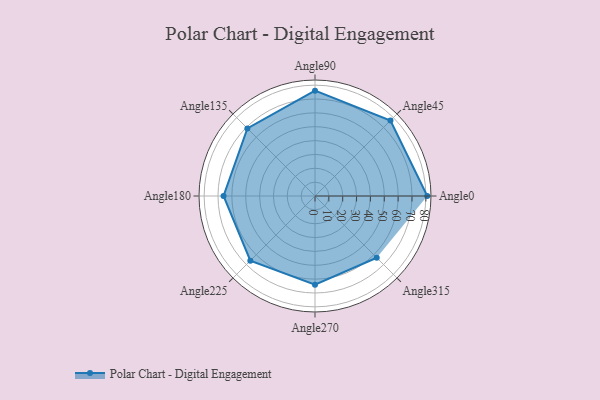
{"axis": {"x": "Angle", "y": "Radius"}, "legend": [""], "data": [{"x": "Angle0", "y": 81.0, "type": ""}, {"x": "Angle45", "y": 77.0, "type": ""}, {"x": "Angle90", "y": 76.0, "type": ""}, {"x": "Angle135", "y": 69.0, "type": ""}, {"x": "Angle180", "y": 66.0, "type": ""}, {"x": "Angle225", "y": 66.0, "type": ""}, {"x": "Angle270", "y": 64.0, "type": ""}, {"x": "Angle315", "y": 63.0, "type": ""}]}